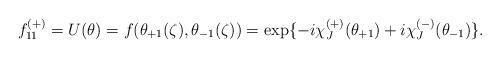
LaTeX: \begin{align*}f^{(+)}_{11}=U(\theta)=f(\theta_{+1}(\zeta),\theta_{-1}(\zeta))=\exp \{ -i\chi^{(+)}_{J}(\theta_{+1})+i\chi^{(-)}_{J}(\theta_{-1}) \}.\end{align*}